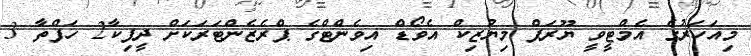
މިއަހަރުގެ އެމްޓީވީ ޔޫރަޕް މިޔުޒިކް އެވޯޑް އިވެންޓްގެ ޕްރެޒެންޓަރަކަށް ދީޕިކާ2 ހަފްތާ 3